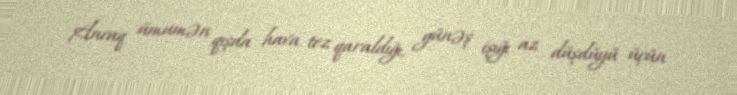
Ancaq ümumən qışda hava tez qaraldığı, günəş işığı az düşdüyü üçün